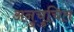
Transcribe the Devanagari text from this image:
अनुचुचित